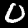
Digit: 0